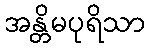
အန္တိမပုရိသာ